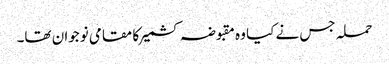
حملہ جس نے کیا وہ مقبوضہ کشمیر کا مقامی نوجوان تھا۔